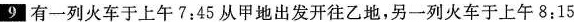
9 有一列火车于上午7:45从甲地出发开往乙地，另一列火车于上午8:15